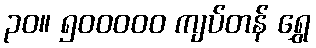
၃၀။ ၅၀၀၀၀၀ ကျပ်တန် ရွှေ